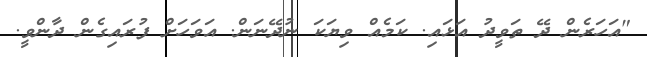
"އަހަރެން ދޭ ތަވީދު އަޅައި. ކަމެއް ވިޔަކަ ނުދޭނަން. އަވަހަށް ފުރައިގެން ދާންވީ.